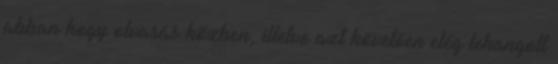
abban hogy olvasás közben, illetve azt követően elég lehangolt